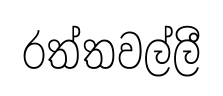
රත්තවල්ලී